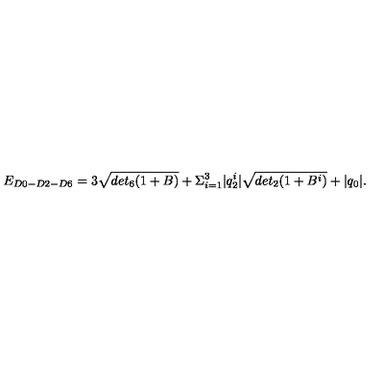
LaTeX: E _ { D 0 - D 2 - D 6 } = 3 \sqrt { d e t _ { 6 } ( 1 + B ) } + \Sigma _ { i = 1 } ^ { 3 } | q _ { 2 } ^ { i } | \sqrt { d e t _ { 2 } ( 1 + B ^ { i } ) } + | q _ { 0 } | .